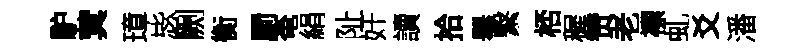
馿蓂璋毖劂衡罽奄絹阯奸讀拾舉繋桮穉赞老褾虬爻潘